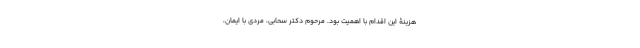
هزینۀ‌‌ این‌ اقدام‌ با اهمیت‌ بود. مرحوم‌ دکتر سحابی، مردی‌ با ایمان،